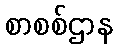
စာစစ်ဌာန